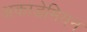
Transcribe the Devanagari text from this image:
अकाडेमियन